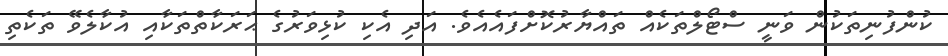
ކުންފުނިތަކުން ވަނީ ސްޓޯލްތަކެއް ތައްޔާރުކޮށްފައެއެވެ. އަދި އެކި ކުޅިވަރުގެ ޙަރަކާތްތަކާއި އުކާލެވޭ ތަކެތި